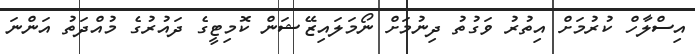
އިސްލާހް ކުރުމަށް އިތުރު ވަގުތު ދިނުމަށް ނޯމަލައިޒޭޝަން ކޮމިޓީގެ ދައުރުގެ މުއްދަތު އަންނަ